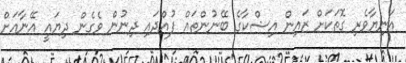
އަނިޔާވެރި ގޮތަކަށް ޒައިން އިޝްކާގެ ބޭނުންތައް ފުއްދައި ދިނުން ވެގެން ދިޔައީ އޭނާއަށް